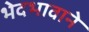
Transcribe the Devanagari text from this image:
भेदभावाने